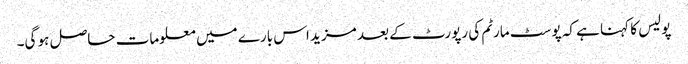
پولیس کا کہنا ہے کہ پوسٹ مارٹم کی رپورٹ کے بعد مزید اس بارے میں معلومات حاصل ہو گی۔